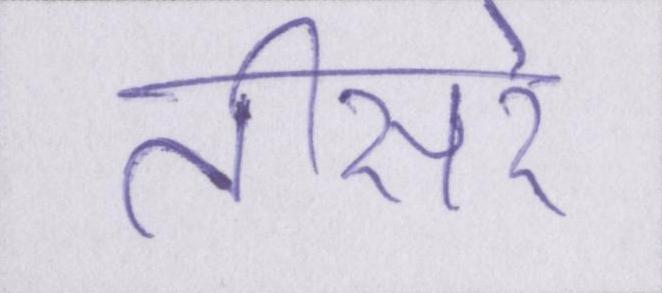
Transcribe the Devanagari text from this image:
तीसरे